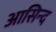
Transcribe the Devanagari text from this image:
आसिन्‍द